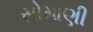
સોમાણી